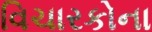
વિચારકોના